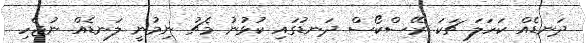
ދަނޑެއް ކަހަލަ ޗަކަ ރޭސްކޯސް ދަނޑުގައި ކުޅުނު މެޗު ނިމުނީ ލަނޑެއް ނުޖެހި